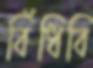
বিঁধিবি